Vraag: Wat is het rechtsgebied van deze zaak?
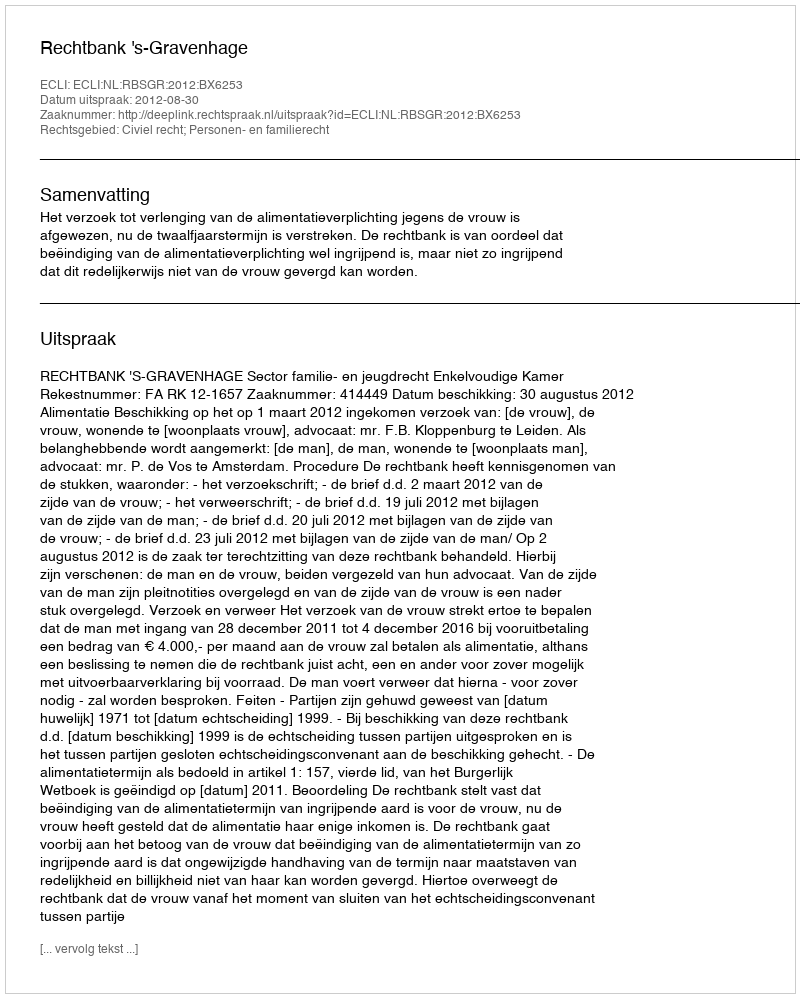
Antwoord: Civiel recht; Personen- en familierecht